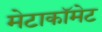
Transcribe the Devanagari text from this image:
मेटाकॉमेट